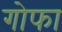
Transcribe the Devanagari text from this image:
गोफा